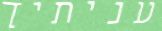
עניתיך